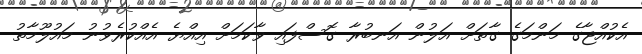
އެކުއްޖާގެ މަންމަގެ ގާތަށް އަލުން އަނބުރާ ގޮސްފައި ވާކަމަށް އިއްޔެ އެއްކުރެވުނު މައުލޫމާތު